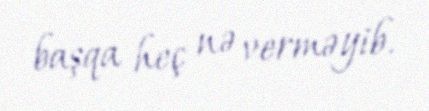
başqa heç nə verməyib.